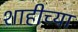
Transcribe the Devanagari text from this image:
शाहीच्या